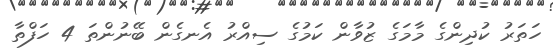
ހަތަރު ކުދިންގެ މާމަގެ ޒުވާން ކަމުގެ ސިއްރު އެނގެން ބޭނުންތަ 4 ހަފްތާ